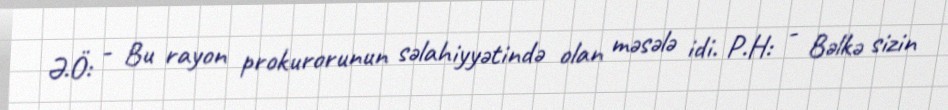
Ə.Ö: - Bu rayon prokurorunun səlahiyyətində olan məsələ idi. P.H: - Bəlkə sizin